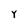
Character: y